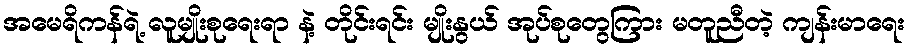
အမေရိကန်ရဲ့ လူမျိုးစုရေးရာ နဲ့ တိုင်းရင်း မျိုးနွယ် အုပ်စုတွေကြား မတူညီတဲ့ ကျန်းမာရေး